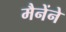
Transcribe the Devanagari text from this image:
मैनेंने